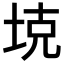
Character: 𪣕